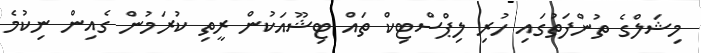
މިޝަލްގެ ތުންފަތުގައި ހުރި ލިޕްސްޓިކް ތައް ޓިޝޫއަކުން ރީތި ކުރަމުން ގެއިން ނިކުމެ